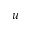
u